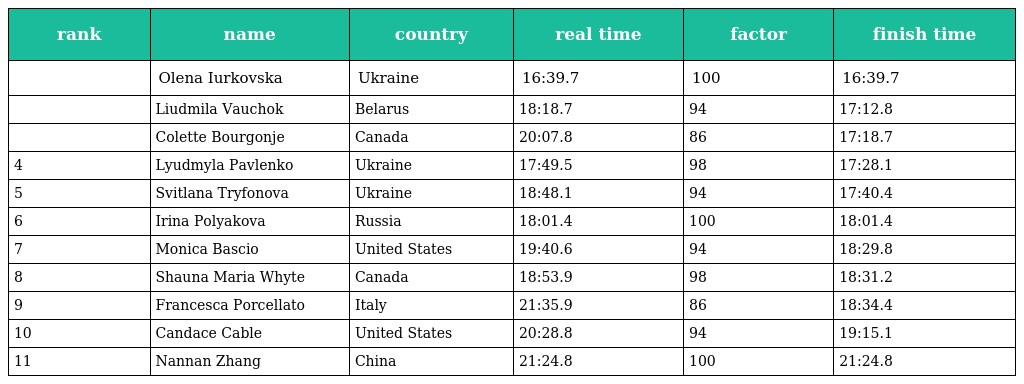
| rank | name | country | real time | factor | finish time |
 | --- | --- | --- | --- | --- | --- |
 |  | Olena Iurkovska | Ukraine | 16:39.7 | 100 | 16:39.7 |
 |  | Liudmila Vauchok | Belarus | 18:18.7 | 94 | 17:12.8 |
 |  | Colette Bourgonje | Canada | 20:07.8 | 86 | 17:18.7 |
 | 4 | Lyudmyla Pavlenko | Ukraine | 17:49.5 | 98 | 17:28.1 |
 | 5 | Svitlana Tryfonova | Ukraine | 18:48.1 | 94 | 17:40.4 |
 | 6 | Irina Polyakova | Russia | 18:01.4 | 100 | 18:01.4 |
 | 7 | Monica Bascio | United States | 19:40.6 | 94 | 18:29.8 |
 | 8 | Shauna Maria Whyte | Canada | 18:53.9 | 98 | 18:31.2 |
 | 9 | Francesca Porcellato | Italy | 21:35.9 | 86 | 18:34.4 |
 | 10 | Candace Cable | United States | 20:28.8 | 94 | 19:15.1 |
 | 11 | Nannan Zhang | China | 21:24.8 | 100 | 21:24.8 |